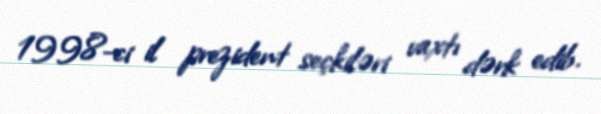
1998-ci il prezident seçkiləri vaxtı dərk edib.